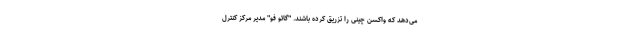
می‌دهد که واکسن چینی را تزریق کرده باشند. "گائو فو" مدیر مرکز کنترل